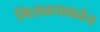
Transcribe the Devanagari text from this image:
मिसळपावनेच